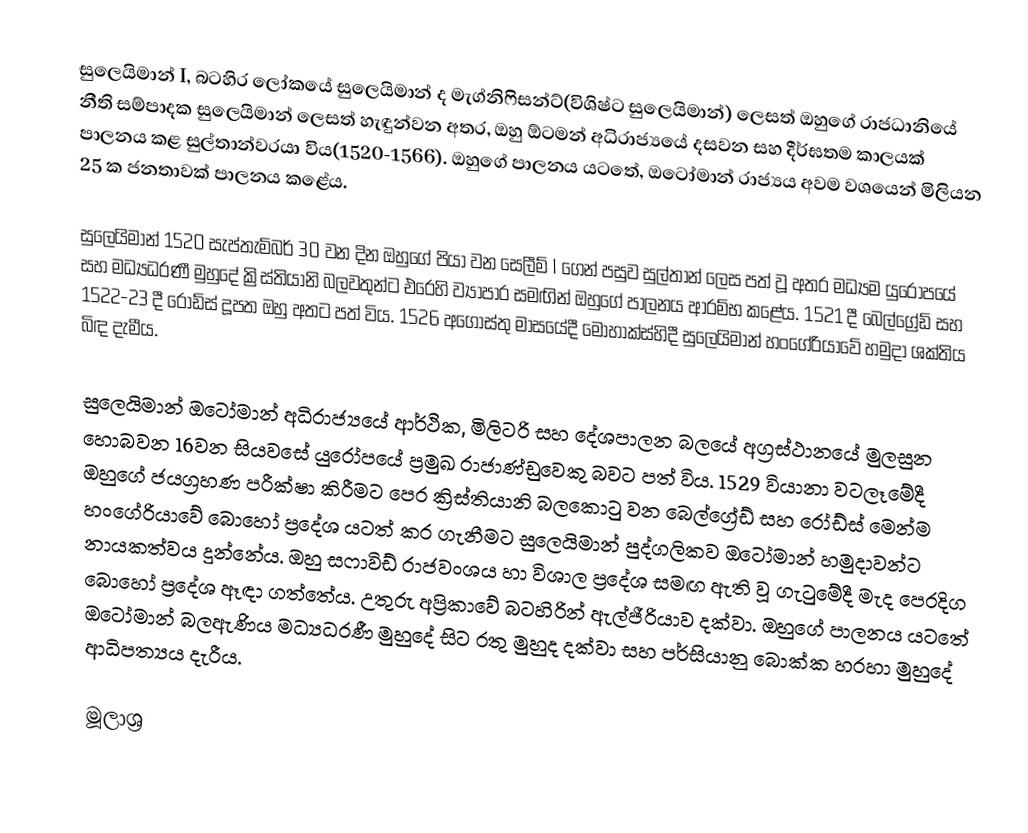
සුලෙයිමාන් I, බටහිර ලෝකයේ සුලෙයිමාන් ද මැග්නිෆිසන්ට්(විශිෂ්ට සුලෙයිමාන්) ලෙසත් ඔහුගේ රාජධානියේ නීති සම්පාදක සුලෙයිමාන් ලෙසත් හැඳුන්වන අතර, ඔහු ඕටමන් අධිරාජ්‍යයේ දසවන සහ දීර්ඝතම කාලයක් පාලනය කළ සුල්තාන්වරයා විය(1520-1566). ඔහුගේ පාලනය යටතේ, ඔටෝමාන් රාජ්‍යය අවම වශයෙන් මිලියන 25 ක ජනතාවක් පාලනය කළේය.

සුලෙයිමාන් 1520 සැප්තැම්බර් 30 වන දින ඔහුගේ පියා වන සෙලීම් I ගෙන් පසුව සුල්තාන් ලෙස පත් වූ අතර මධ්‍යම යුරෝපයේ සහ මධ්‍යධරණී මුහුදේ ක්‍රිස්තියානි බලවතුන්ට එරෙහි ව්‍යාපාර සමඟින් ඔහුගේ පාලනය ආරම්භ කළේය. 1521 දී බෙල්ග්‍රේඩ් සහ 1522-23 දී රෝඩ්ස් දූපත ඔහු අතට පත් විය. 1526 අගෝස්තු මාසයේදී මොහාක්ස්හිදී සුලෙයිමාන් හංගේරියාවේ හමුදා ශක්තිය බිඳ දැමීය.

සුලෙයිමාන් ඔටෝමාන් අධිරාජ්‍යයේ ආර්ථික, මිලිටරි සහ දේශපාලන බලයේ අග්‍රස්ථානයේ මුලසුන හොබවන 16වන සියවසේ යුරෝපයේ ප්‍රමුඛ රාජාණ්ඩුවෙකු බවට පත් විය. 1529 වියානා වටලෑමේදී ඔහුගේ ජයග්‍රහණ පරීක්ෂා කිරීමට පෙර ක්‍රිස්තියානි බලකොටු වන බෙල්ග්‍රේඩ් සහ රෝඩ්ස් මෙන්ම හංගේරියාවේ බොහෝ ප්‍රදේශ යටත් කර ගැනීමට සුලෙයිමාන් පුද්ගලිකව ඔටෝමාන් හමුදාවන්ට නායකත්වය දුන්නේය. ඔහු සෆාවිඩ් රාජවංශය හා විශාල ප්‍රදේශ සමඟ ඇති වූ ගැටුමේදී මැද පෙරදිග බොහෝ ප්‍රදේශ ඈඳා ගත්තේය. උතුරු අප්‍රිකාවේ බටහිරින් ඇල්ජීරියාව දක්වා. ඔහුගේ පාලනය යටතේ ඔටෝමාන් බලඇණිය මධ්‍යධරණී මුහුදේ සිට රතු මුහුද දක්වා සහ පර්සියානු බොක්ක හරහා මුහුදේ ආධිපත්‍යය දැරීය.

මූලාශ්‍ර